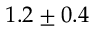
1 . 2 \pm 0 . 4